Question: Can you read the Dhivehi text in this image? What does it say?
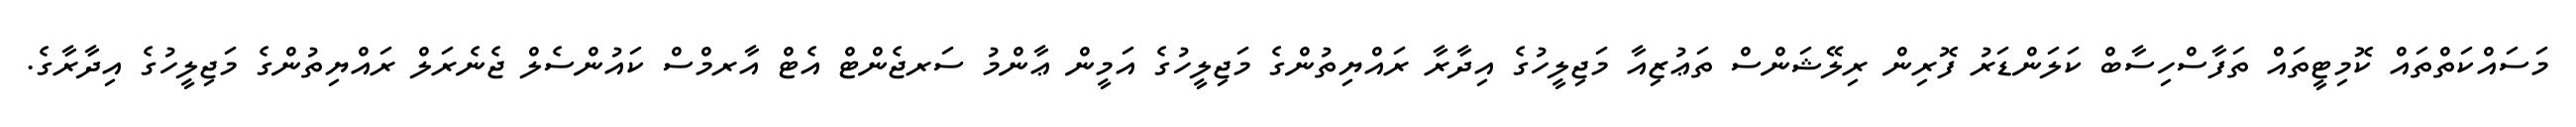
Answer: މަސައްކަތްތައް ކޮމިޓީތައް ތަފާސްހިސާބް ކަލަންޑަރު ފޮރިން ރިލޭޝަންސް ތަޢުޒިއާ މަޖިލީހުގެ އިދާރާ ރައްޔިތުންގެ މަޖިލީހުގެ އަމީން ޢާންމު ސަރޖެންޓް އެޓް އާރމްސް ކައުންސެލް ޖެނެރަލް ރައްޔިތުންގެ މަޖިލީހުގެ އިދާރާގެ.